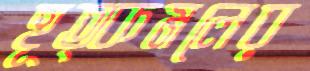
হূত্কমলের